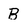
Character: B